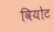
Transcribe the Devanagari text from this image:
वियोट